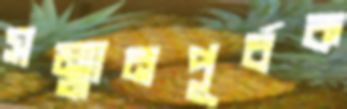
সম্মানপূর্বক